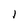
Character: l